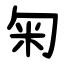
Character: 匊